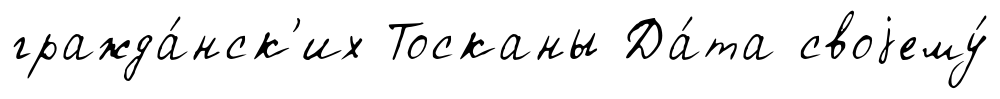
гражда́нск'их Тосканы Да́та своjему́